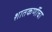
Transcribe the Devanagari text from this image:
शातकर्णीचा